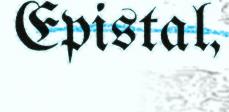
Epistal,